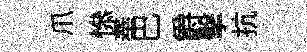
爪𢡖奉巴爵擊抗